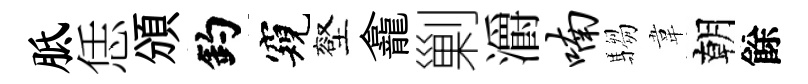
胝恁頒釣窺壑龕剿灂喃騶韋朝餘